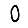
Digit: 0